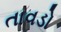
તાવડો